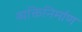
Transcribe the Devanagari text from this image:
व्यक्तिनिर्माण